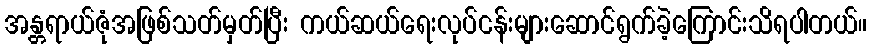
အန္တရာယ်ဇုံအဖြစ်သတ်မှတ်ပြီး ကယ်ဆယ်ရေးလုပ်ငန်းများဆောင်ရွက်ခဲ့ကြောင်းသိရပါတယ်။